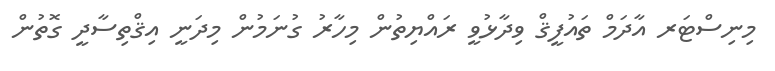
މިނިސްޓަރ އާދަމް ތައުފީޤް ވިދާޅުވީ ރައްޔިތުން މިހާރު ގުނަމުން މިދަނީ އިޤްތިސާދީ ގޮތުން